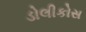
ડોલીકોસ